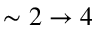
\sim 2 \rightarrow 4